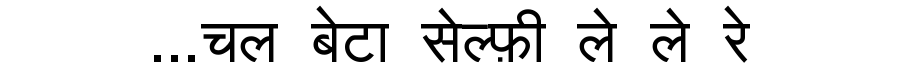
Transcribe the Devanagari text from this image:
...चल बेटा सेल्फ़ी ले ले रे